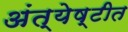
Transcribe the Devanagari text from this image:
अंत्येष्टीत